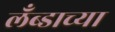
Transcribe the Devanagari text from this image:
लँब्डाच्या